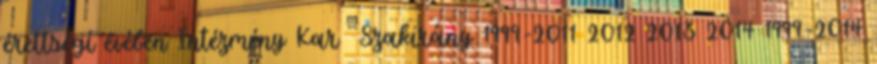
érettségi évében Intézmény Kar Szakirány 1999-2011 2012 2013 2014 1999-2014